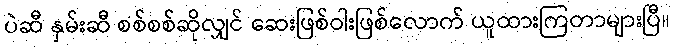
ပဲဆီ နှမ်းဆီ စစ်စစ်ဆိုလျှင် ဆေးဖြစ်ဝါးဖြစ်လောက် ယူထားကြတာများပြီ။